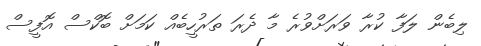
ލިބެން ލަފާ ކުރާ ވަރަށްވުރެ މާ ދެރަ ތަރުހީބެއް ކަމަށް ބޮކްސް އޮފީސް